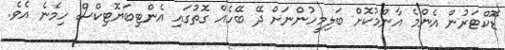
ޑޮކްޓަރުން އެންމެ އާންމުކޮށް ބަލިމީހުންނަށް ދޭ ބޭހެއް ގޮތުގައި އެންޓިބަޔޮޓިކްސް ހިމެނެ އެވެ.